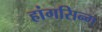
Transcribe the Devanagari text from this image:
हांगसिन्ग